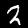
Digit: 2